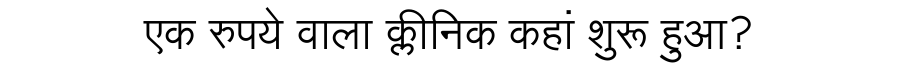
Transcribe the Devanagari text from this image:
एक रुपये वाला क्लीनिक कहां शुरू हुआ?